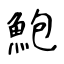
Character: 鮑